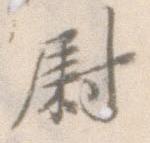
尉